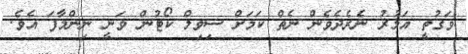
ވަގުތީ އަމުރު ނެރެދެވެން ނެތް ކަމަށް ސިވިލް ކޯޓުން ވަނީ ނިންމާފަ އެވެ.